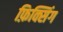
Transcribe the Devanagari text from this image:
फ़िक्सिंग